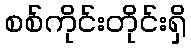
စစ်ကိုင်းတိုင်းရှိ